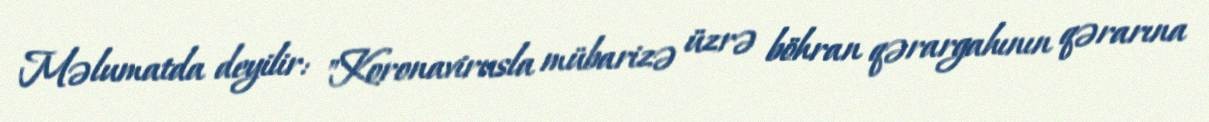
Məlumatda deyilir: "Koronavirusla mübarizə üzrə böhran qərargahının qərarına